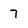
Character: 7